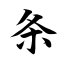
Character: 条